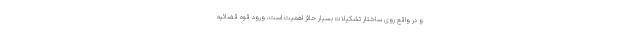
و در واقع روی ساختار تشکیلات بسیار حائز اهمیت است، ورود قوه قضائیه